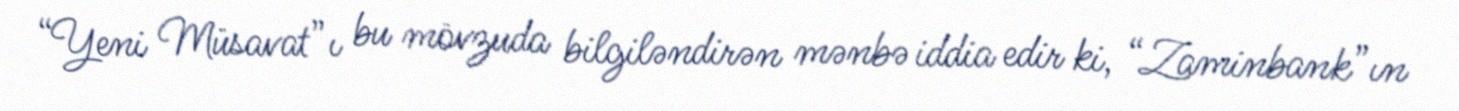
“Yeni Müsavat”ı bu mövzuda bilgiləndirən mənbə iddia edir ki, “Zaminbank”ın